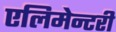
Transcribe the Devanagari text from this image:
एलिमेन्टरी